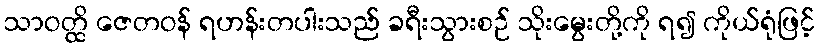
သာဝတ္ထိ ဇေတဝန် ရဟန်းတပါးသည် ခရီးသွားစဉ် သိုးမွေးတို့ကို ရ၍ ကိုယ်ရုံဖြင့်